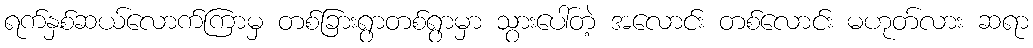
ရက်နှစ်ဆယ်လောက်ကြာမှ တစ်ခြားရွာတစ်ရွာမှာ သွားပေါ်တဲ့ အလောင်း တစ်လောင်း မဟုတ်လား ဆရာ